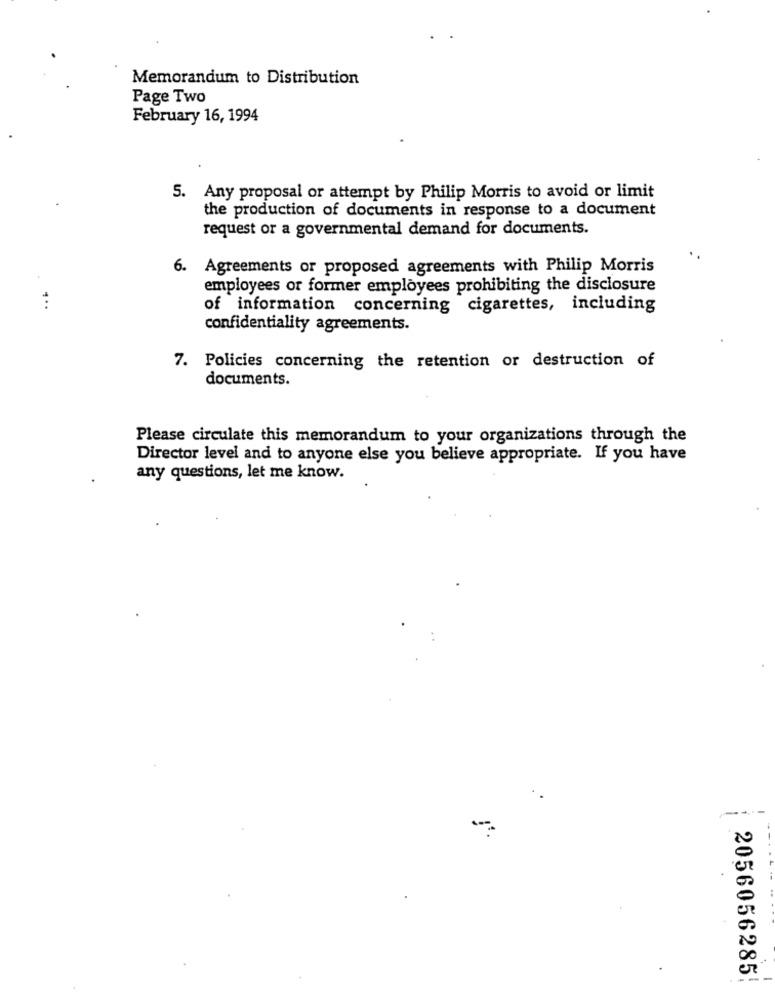
Memorandum to Distribution
Page Two
February 16, 1994
5. Any proposal or attempt by Philip Morris to avoid or limit
the production of documents in response to a document
request or a governmental demand for documents.
6. Agreements or proposed agreements with Philip Morris
employees or former employees prohibiting the disclosure
:
of information concerning cigarettes, including
confidentiality agreements.
7. Policies concerning the retention or destruction of
documents.
Please circulate this memorandum to your organizations through the
Director level and to anyone else you believe appropriate. If you have
any questions, let me know.
2056056285!